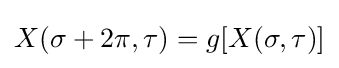
X(\sigma +2\pi ,\tau )=g[X(\sigma ,\tau )]